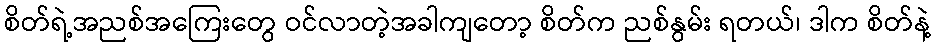
စိတ်ရဲ့အညစ်အကြေးတွေ ဝင်လာတဲ့အခါကျတော့ စိတ်က ညစ်နွမ်း ရတယ်၊ ဒါက စိတ်နဲ့